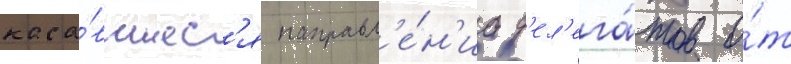
каса́вшиес'я направл'е́н'иа д'ел'ега́тов о́т